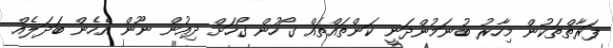
ފަރާތްތަކުން މިހާރު ބުނަމުންދަނީ ކަންތައްތައް ގޯހުން ގޯހަށް ދިއުން ނޫން އެހެން ބަދަލެއް